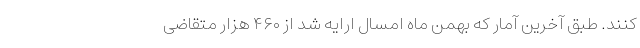
کنند. طبق آخرین آمار که بهمن ماه امسال ارایه شد از ۴۶۰ هزار متقاضی